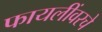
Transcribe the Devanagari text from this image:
फायलींवरचे